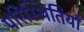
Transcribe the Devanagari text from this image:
परिस्थितियॉं